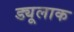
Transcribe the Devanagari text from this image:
ड्यूलाक